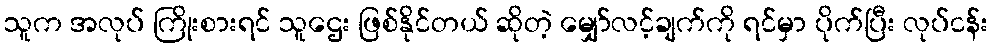
သူက အလုပ် ကြိုးစားရင် သူဌေး ဖြစ်နိုင်တယ် ဆိုတဲ့ မျှော်လင့်ချက်ကို ရင်မှာ ပိုက်ပြီး လုပ်ငန်း